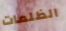
الظلمات